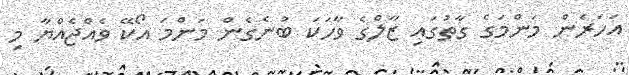
އަހަރެން މަންމަގެ ގާތުގައި ޒާލްގެ ވާހަކަ ބުނެގެން މަންމަ އޯކޭ ވެއްޖެއްޔާ މި